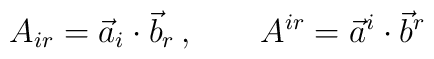
A_{ir} = \vec{a}_i \cdot \vec{b}_r \,, \qquad A^{ir} = \vec{a}^i \cdot \vec{b}^r